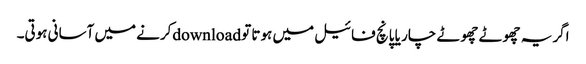
اگر یہ چھوٹے چھوٹے چار یا پانچ فائیل میں ہوتا تو downloadکرنے میں آسانی ہوتی۔